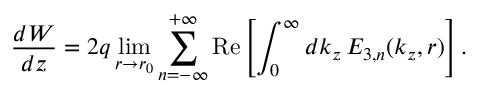
\frac { d W } { d z } = 2 q \operatorname* { l i m } _ { r \rightarrow r _ { 0 } } \sum _ { n = - \infty } ^ { + \infty } \mathrm { R e } \left[ \int _ { 0 } ^ { \infty } d k _ { z } \, E _ { 3 , n } ( k _ { z } , r ) \right] .